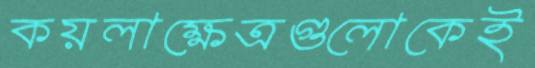
কয়লাক্ষেত্রগুলোকেই